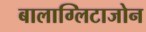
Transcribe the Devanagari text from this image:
बालाग्लिटाजोन